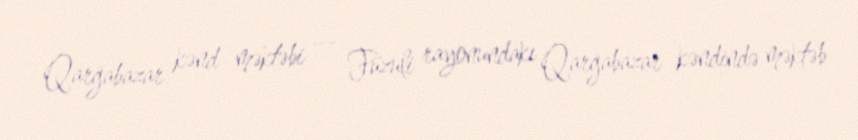
Qarğabazar kənd məktəbi — Füzuli rayonundakı Qarğabazar kəndində məktəb